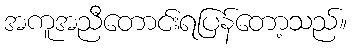
အကူအညီတောင်းရပြန်တော့သည်။